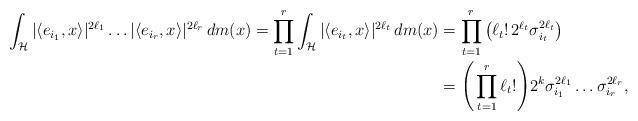
LaTeX: \begin{align*}\int_{\mathcal{H}}\vert\langle e_{i_1},x\rangle\vert^{2\ell_1}\dots\vert\langle e_{i_r},x \rangle\vert^{2\ell_r}\, dm(x)=\prod_{t=1}^{r}\int_{\mathcal{H}}\vert \langle e_{i_t},x\rangle \vert^{2\ell_t}\,dm(x)&=\prod_{t=1}^{r}\big(\ell_t!\, 2^{\ell_t}\sigma_{i_t}^{2\ell_t}\big)\\&=\Bigg(\prod_{t=1}^{r}\ell_t!\Bigg)2^k\sigma_{i_1}^{2\ell_1}\dots\sigma_{i_r}^{2\ell_r},\end{align*}